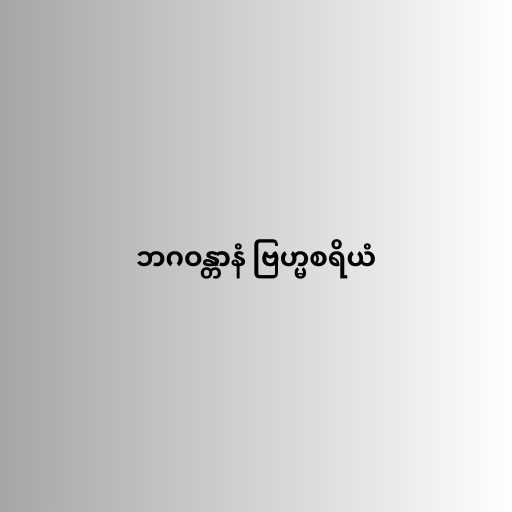
ဘဂဝန္တာနံ ဗြဟ္မစရိယံ